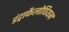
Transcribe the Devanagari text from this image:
इंट्राफैलोपियन